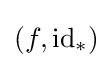
(f,\mathrm {id} _{*})